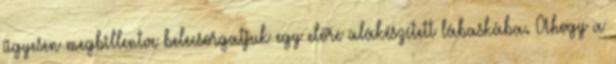
ügyesen megbillentve belecsorgatjuk egy előre alákészített lábaskába. Ahogy a